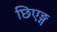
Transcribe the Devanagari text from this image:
छिएङ्ग